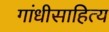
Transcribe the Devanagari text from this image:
गांधीसाहित्य